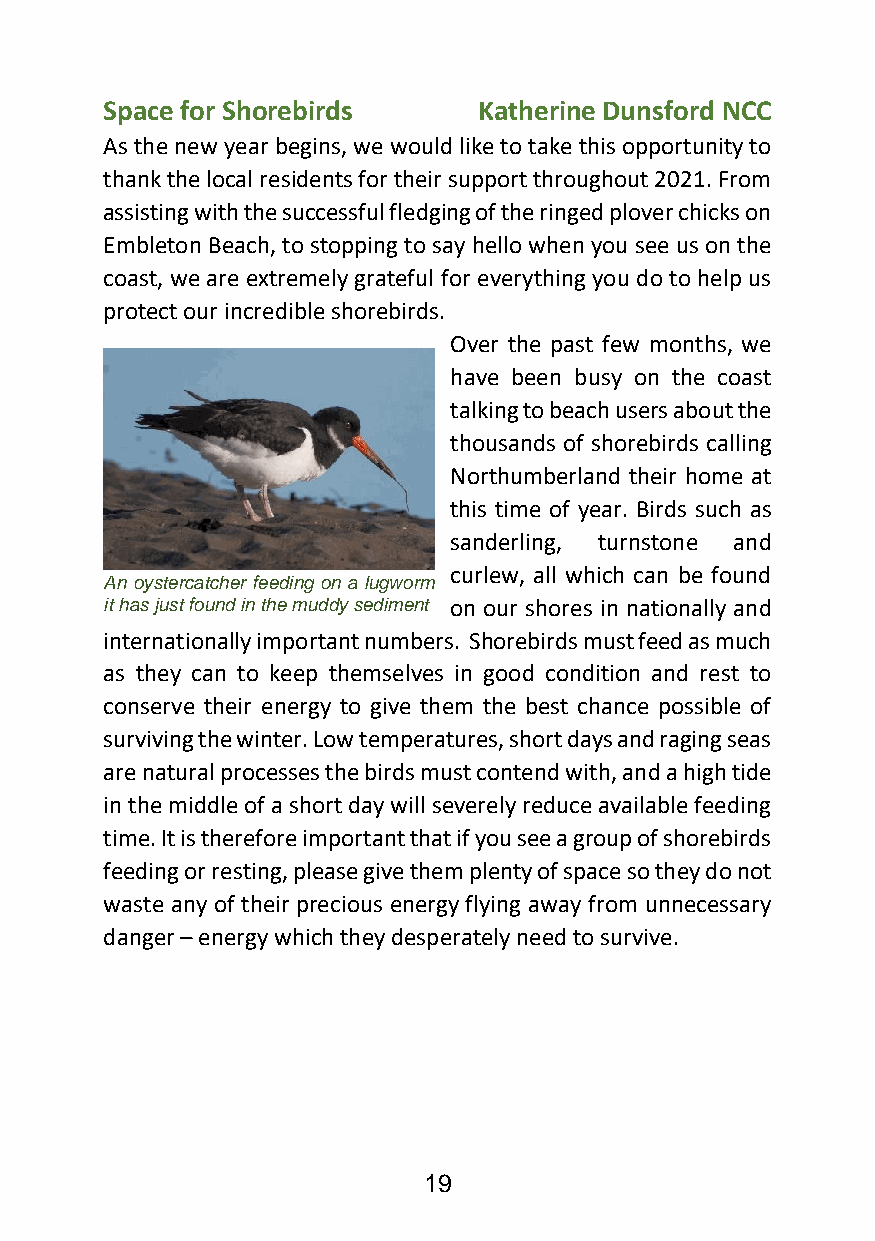
Space for Shorebirds     Katherine Dunsford NCC
 As the new year begins, we would like to take this opportunity to
 thank the local residents for their support throughout 2021. From
 assisting with the successful fledging of the ringed plover chicks on
 Embleton Beach, to stopping to say hello when you see us on the
 coast, we are extremely grateful for everything you do to help us
 protect our incredible shorebirds.
 Over the past few months, we
 have been busy on the coast
 talking to beach users about the
 thousands of shorebirds calling
 Northumberland their home at
 this time of year. Birds such as
 sanderling, turnstone and
 curlew, all which can be found
 An oystercatcher feeding on a lugworm
 it has just found in the muddy sediment on our shores in nationally and
 internationally important numbers. Shorebirds must feed as much
 as they can to keep themselves in good condition and rest to
 conserve their energy to give them the best chance possible of
 surviving the winter. Low temperatures, short days and raging seas
 are natural processes the birds must contend with, and a high tide
 in the middle of a short day will severely reduce available feeding
 time. It is therefore important that if you see a group of shorebirds
 feeding or resting, please give them plenty of space so they do not
 waste any of their precious energy flying away from unnecessary
 danger – energy which they desperately need to survive.
 19